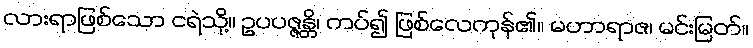
လားရာဖြစ်သော ငရဲသို့။ ဥပပဇ္ဇန္တိ၊ ကပ်၍ ဖြစ်လေကုန်၏။ မဟာရာဇ၊ မင်းမြတ်။